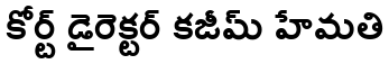
కోర్ట్ డైరెక్టర్ కజీమ్ హేమతి